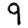
Digit: 9